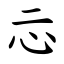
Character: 忈